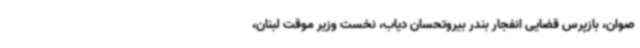
صوان، بازپرس قضایی انفجار بندر بیروتحسان دیاب، نخست وزیر موقت لبنان،